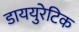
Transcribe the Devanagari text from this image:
डाययुरेटिक